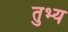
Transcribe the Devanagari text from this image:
तुभ्य